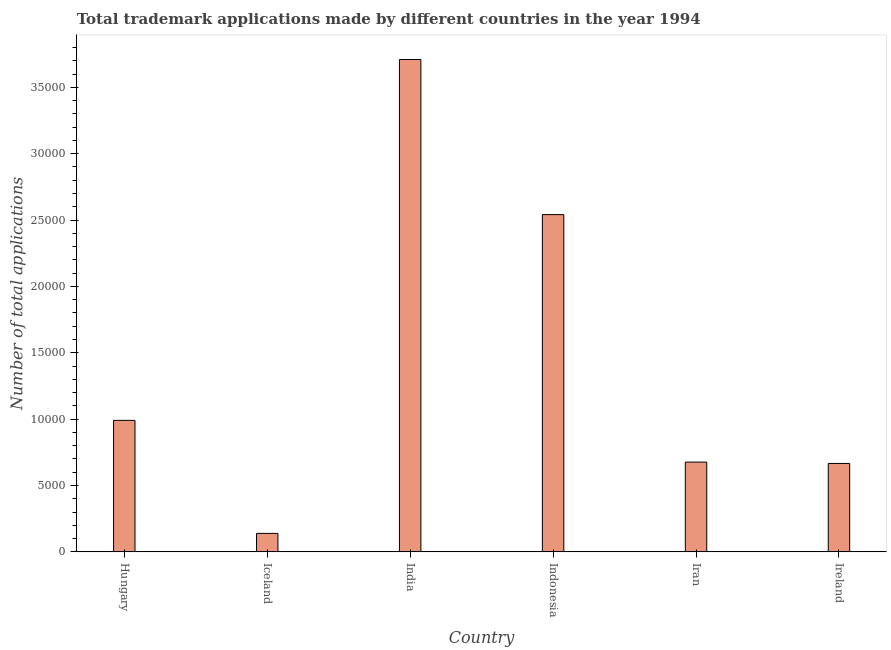
| Country | Trademark applications |
 | --- | --- |
 | Hungary | 9.91e+03 |
 | Iceland | 1.39e+03 |
 | India | 3.71e+04 |
 | Indonesia | 2.54e+04 |
 | Iran | 6.76e+03 |
 | Ireland | 6.66e+03 |